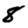
Digit: 8